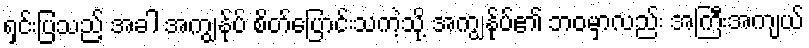
ရှင်းပြသည့် အခါ အကျွန်ုပ် စိတ်ပြောင်းသကဲ့သို့ အကျွန်ုပ်၏ ဘဝမှာလည်း အကြီးအကျယ်